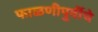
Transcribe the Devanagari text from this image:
फाळणीपुर्वीचे